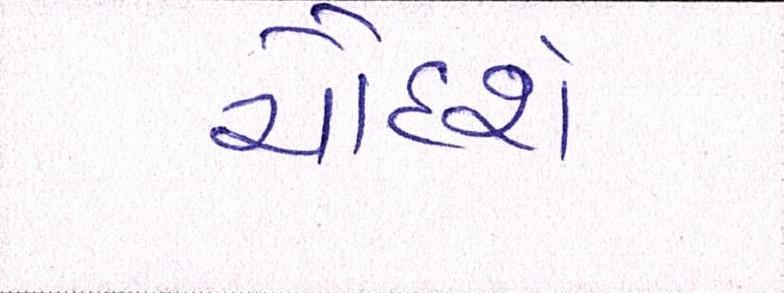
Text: ચૌદશે